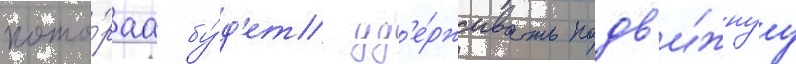
кото́раа бу́д'ет уд'е́рживать подв'и́жнуу